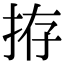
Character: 拵